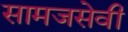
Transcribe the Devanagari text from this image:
सामजसेवी